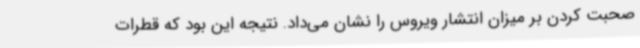
صحبت کردن بر میزان انتشار ویروس را نشان می‌داد. نتیجه این بود که قطرات